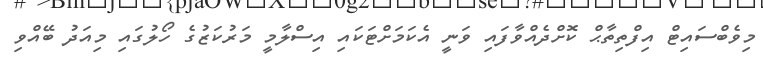
މިވެބްސައިޓް އިފްތިތާޙް ކޮށްދެއްވާފައި ވަނީ އެކަމަށްޓަކައި އިސްލާމީ މަރުކަޒުގެ ހޯލުގައި މިއަދު ބޭއްވި